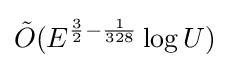
{\tilde {O}}(E^{{\frac {3}{2}}-{\frac {1}{328}}}\log U)